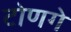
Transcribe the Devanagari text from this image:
टोणगे